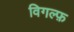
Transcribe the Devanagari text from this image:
विगल्फ़